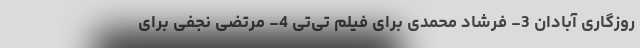
روزگاری آبادان 3- فرشاد محمدی برای فیلم تی‌تی 4- مرتضی نجفی برای